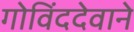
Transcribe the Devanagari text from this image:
गोविंददेवाने